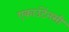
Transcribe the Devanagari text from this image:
एकाउंटेंनसी